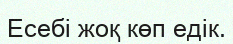
Есебі жоқ көп едік.